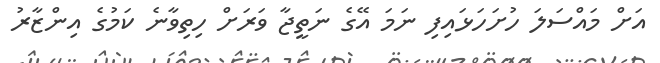
އަށް މައްސަލަ ހުށަހަޅައިފި ނަމަ އޭގެ ނަތީޖާ ވަރަށް ހިތިވާނެ ކަމުގެ އިންޒާރު